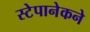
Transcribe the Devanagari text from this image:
स्टेपानेकने